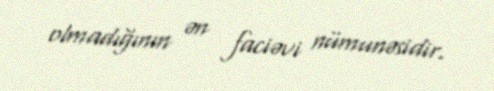
olmadığının ən faciəvi nümunəsidir.